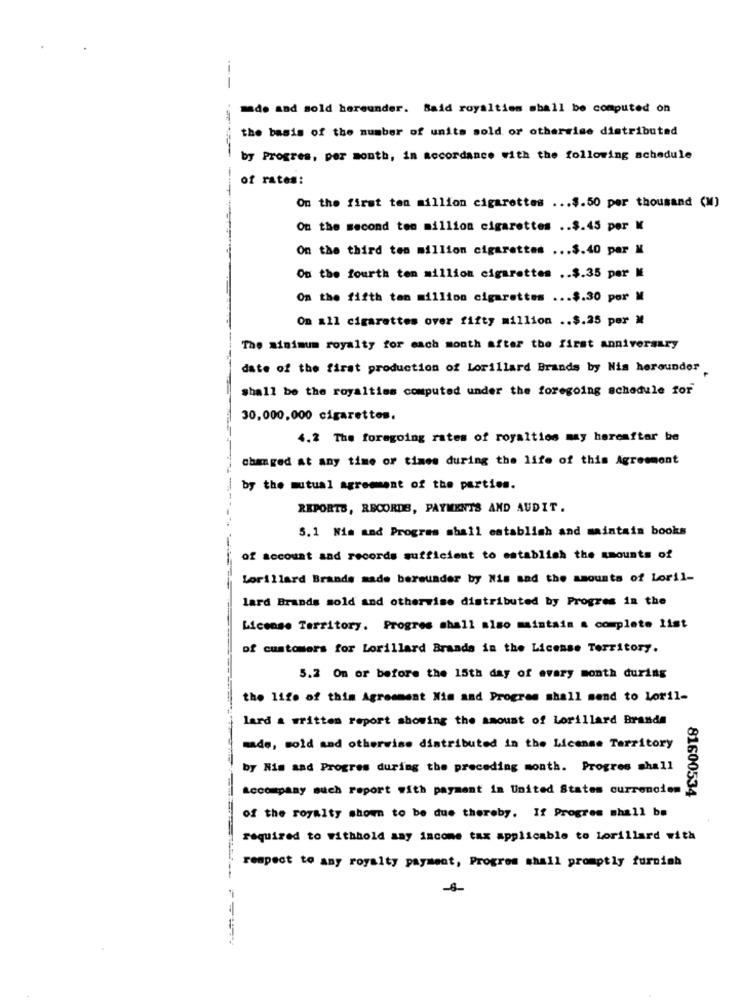
---
made and sold hereunder. Said royalties sball be computed on
the basis of the number of units sold or otherwise distributed
by Progres, per month, in accordance with the following schedule
of rates:
On the first ten million cigarettes ... $.50 per thousand (M)
On the second ten million cigarettes .. $.45 per M
On the third ten million cigarettes ... $.40 par M
On the fourth ten million cigarettes .. $.35 per M
On the fifth ten million cigarettes ... $.30 por M
On all cigarettes over fifty million .. $.25 per M
The minimum royalty for each month after the first anniversary
date of the first production of Lorillard Brands by Nis herounder
shall be the royalties computed under the foregoing schedule for
30,000,000 cigarettes.
4.2 The foregoing rates of royalties may hereafter be
changed at any time of times during the life of this Agreement
by the mutual agreement of the parties.
REPORTS, RECORDS, PAYMENTS AND AUDIT.
5.1 Nia and Progres shall establish and maintain books
of account and records sufficient to establish the amounts of
Lorillard Brands made bereunder by His sad the amounts of Loril-
lard Brands sold and otherwise distributed by Progres in the
License Territory. Progres shall also maintain a complete list
of customers for Lorillard Brands in the License Territory.
5.2 On or before the 15th day of every month during
the life of this Agreement Nim and Progres shall send to Loril-
lard a written report showing the amount of Lorillard Brande
made, sold aad otherwise distributed in the License Territory
by Nis and Progres during the preceding month. Progres shall
Accompany such report with payment in United States currencies
81600534
of the royalty shown to be due thereby. If Progres shall be
required to withhold any income tax applicable to Lorillard with
respect to any royalty payment, Progrom shall promptly furnish
-8-